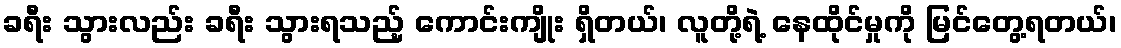
ခရီး သွားလည်း ခရီး သွားရသည့် ကောင်းကျိုး ရှိတယ်၊ လူတို့ရဲ့ နေထိုင်မှုကို မြင်တွေ့ရတယ်၊